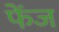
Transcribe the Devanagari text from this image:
फेंज